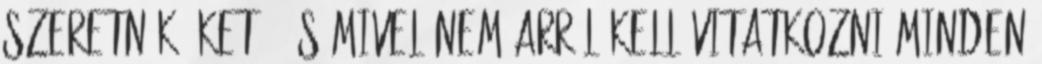
szeretnék őket”. És mivel nem arról kell vitatkozni minden